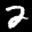
Label: 2